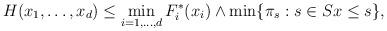
LaTeX: \begin{align*}H(x_1,\dots,x_d) \le \min_{i=1,\dots,d} F^\ast_i(x_i) \wedge \min\{ \pi_s : s\in S x\le s \},\end{align*}